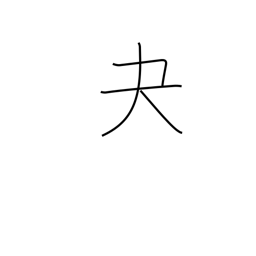
Meaning: archery glove